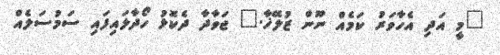
"މީ އަދި އެހާވަރު ކަމެއް ނޫން ޒުލޭޚާ." ޖަވާދާ ދެކޮޅު ހޯދާލައިފައި ސަމުސަލެއް